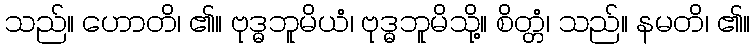
သည်။ ဟောတိ၊ ၏။ ဗုဒ္ဓဘူမိယံ၊ ဗုဒ္ဓဘူမိသို့။ စိတ္တံ၊ သည်။ နမတိ၊ ၏။